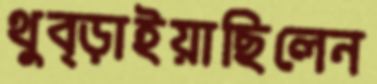
থুব্‌ড়াইয়াছিলেন